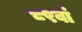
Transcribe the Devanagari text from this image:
८९वां